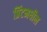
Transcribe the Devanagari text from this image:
प्रिंटमधील